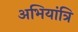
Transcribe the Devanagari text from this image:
अभियांत्रि